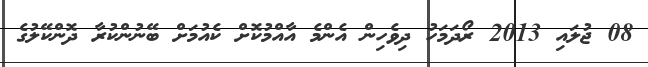
08 ޖުލައި 2013 ރޯދަމަހު ދިވެހިން އެންމެ އާއްމުކޮށް ކެއުމަށް ބޭނުންކުރާ ދޮންކޭލުގެ